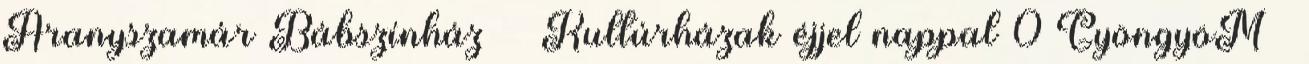
Aranyszamár Bábszínház Kultúrházak éjjel nappal 0 GyöngyöM –